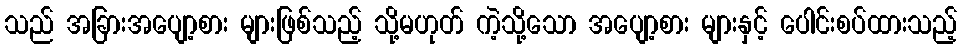
သည် အခြားအပျော့စား များဖြစ်သည့် သို့မဟုတ် ကဲ့သို့သော အပျော့စား များနှင့် ပေါင်းစပ်ထားသည့်